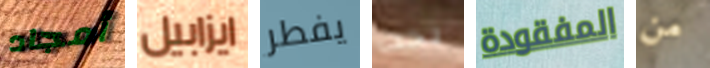
أمجاد ايزابيل يفطر بحت المفقودة من